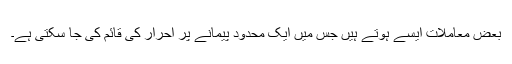
بعض معاملات ایسے ہوتے ہیں جس میں ایک محدود پیمانے پر احرار کی قائم کی جا سکتی ہے۔